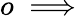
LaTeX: o\implies